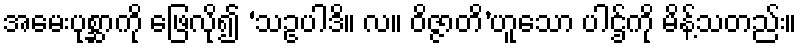
အမေးပုစ္ဆာကို ဖြေလို၍ ‘သဥပါဒိ။ လ။ ဝိဇ္ဇာတိ’ဟူသော ပါဌ်ကို မိန့်သတည်း။